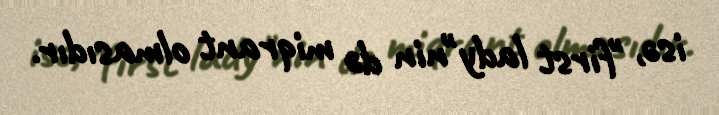
isə, "first lady"nin də miqrant olmasıdır.